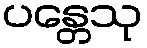
ပန္တေသု